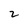
Character: 2